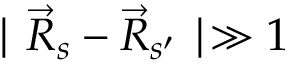
\mid \vec { R } _ { s } - \vec { R } _ { s ^ { \prime } } \mid \gg 1